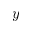
y